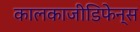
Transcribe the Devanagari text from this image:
कालकाजीडिफेन्स